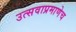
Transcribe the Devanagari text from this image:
उत्सवाप्रमाणेच